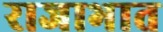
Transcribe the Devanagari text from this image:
राजाभात